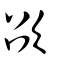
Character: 欩